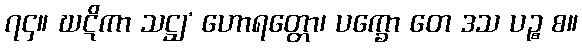
၇၄။ ဃဋိကာ သဋ္ဌျ’ ဟောရတ္တော၊ ပက္ခော တေ ဒသ ပဉ္စ စ။